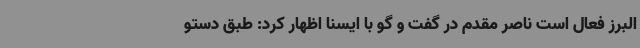
البرز فعال است ناصر مقدم در گفت و گو با ایسنا اظهار کرد: طبق دستو